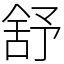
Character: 舒